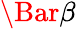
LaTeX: \Bar{\beta}